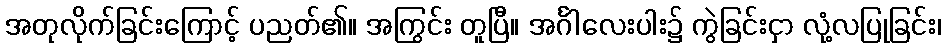
အတုလိုက်ခြင်းကြောင့် ပညတ်၏။ အကြွင်း တူပြီ။ အင်္ဂါလေးပါး၌ ကွဲခြင်းငှာ လုံ့လပြုခြင်း၊